Jaan_Tonisson_(Lasteleht), lk 301
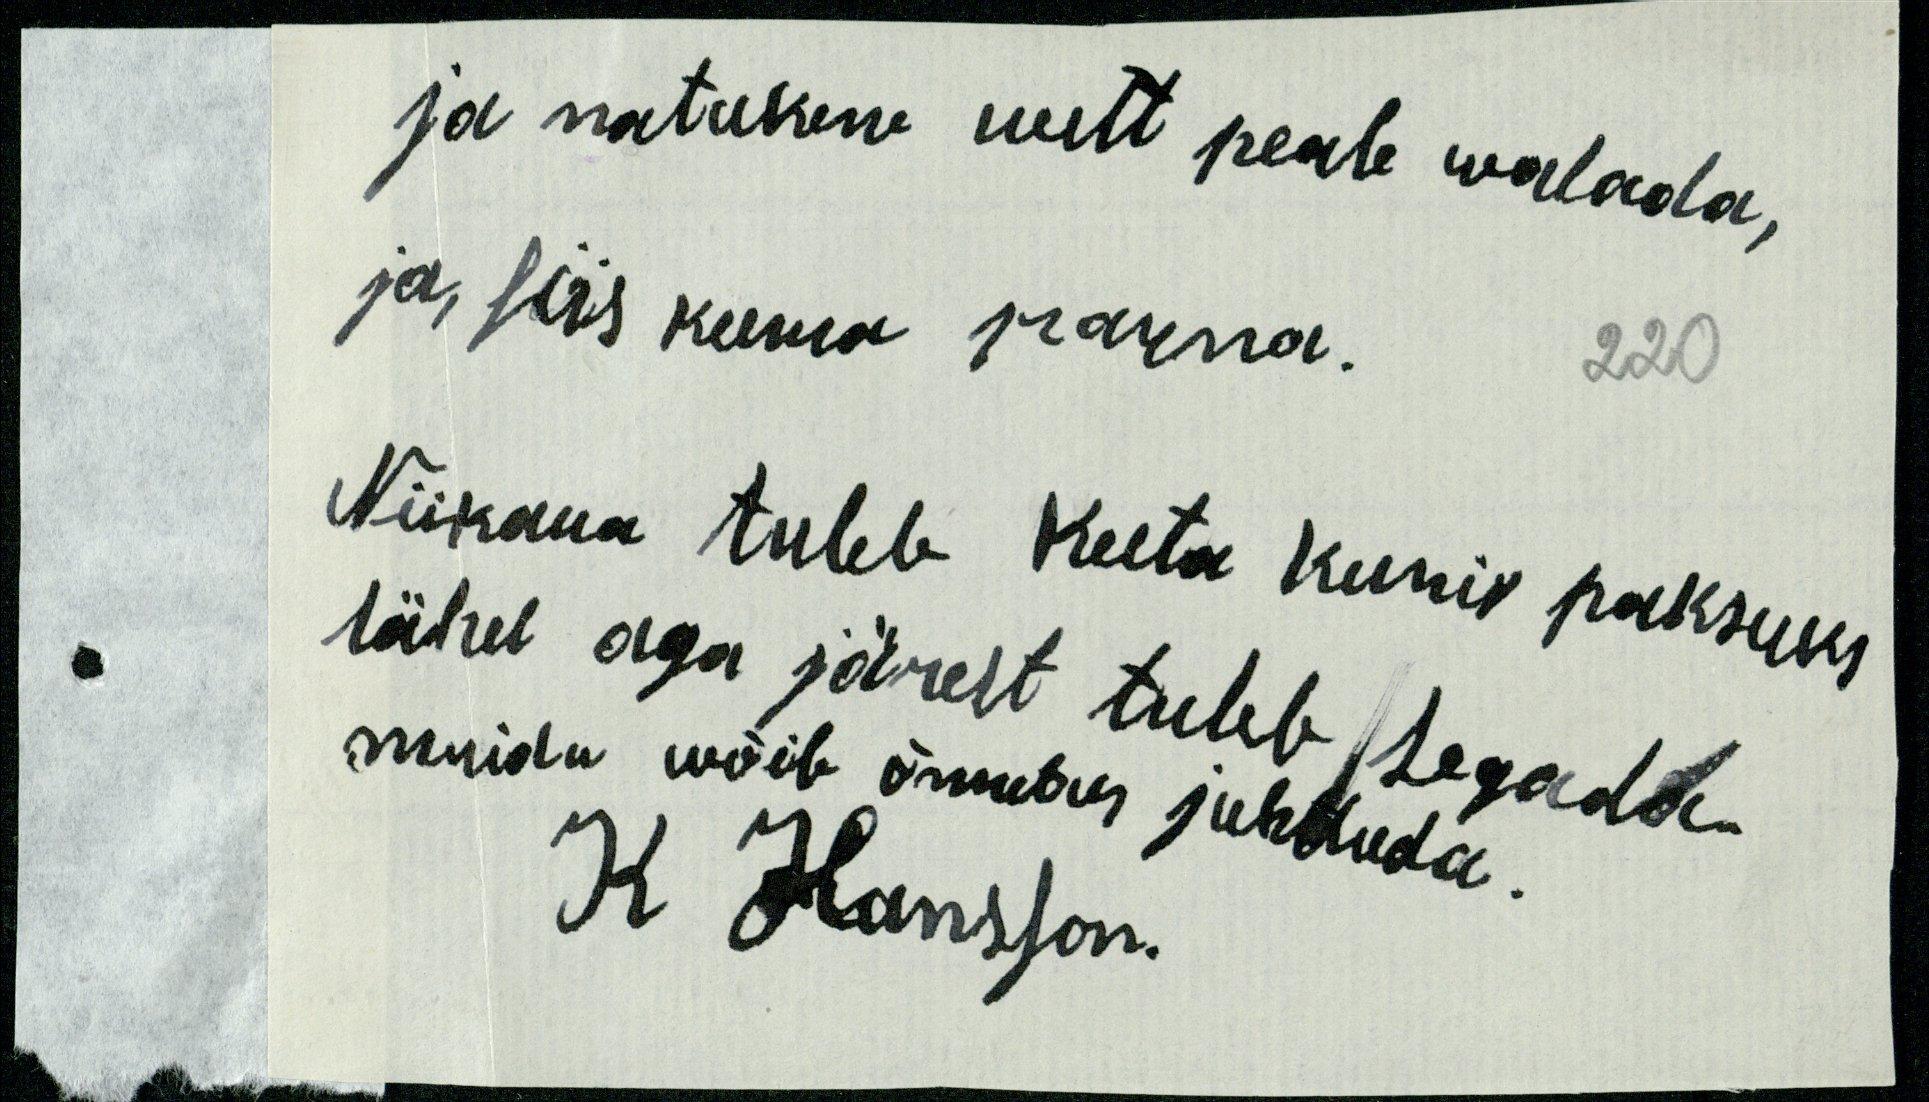
ja natukene wett peale walada,
ja, siis keema panna.
220
Niikaua tuleb keeta kuni paksuks
läheb aga järest tuleb segada.
muidu wõib õnnetus juhtuda.
K Hansson.